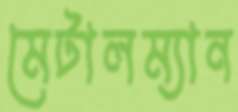
মেটালম্যান